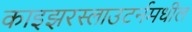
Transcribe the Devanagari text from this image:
काइझरस्लाउटर्नमधील